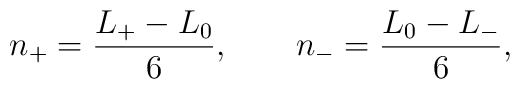
n_+ = \frac{L_+-L_0}{6}, \qquad n_- = \frac{L_0-L_-}{6},